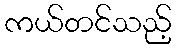
ကယ်တင်သည့်